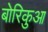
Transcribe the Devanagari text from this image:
बोरिकुआ